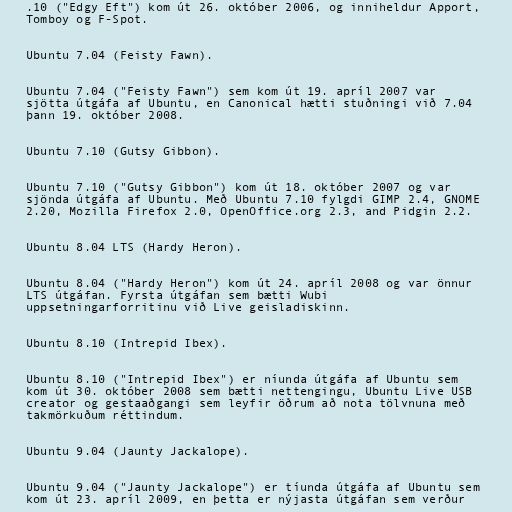
.10 ("Edgy Eft") kom út 26. október 2006, og inniheldur Apport,
Tomboy og F-Spot.

Ubuntu 7.04 (Feisty Fawn).

Ubuntu 7.04 ("Feisty Fawn") sem kom út 19. apríl 2007 var
sjötta útgáfa af Ubuntu, en Canonical hætti stuðningi við 7.04
þann 19. október 2008.

Ubuntu 7.10 (Gutsy Gibbon).

Ubuntu 7.10 ("Gutsy Gibbon") kom út 18. október 2007 og var
sjönda útgáfa af Ubuntu. Með Ubuntu 7.10 fylgdi GIMP 2.4, GNOME
2.20, Mozilla Firefox 2.0, OpenOffice.org 2.3, and Pidgin 2.2.

Ubuntu 8.04 LTS (Hardy Heron).

Ubuntu 8.04 ("Hardy Heron") kom út 24. apríl 2008 og var önnur
LTS útgáfan. Fyrsta útgáfan sem bætti Wubi
uppsetningarforritinu við Live geisladiskinn.

Ubuntu 8.10 (Intrepid Ibex).

Ubuntu 8.10 ("Intrepid Ibex") er níunda útgáfa af Ubuntu sem
kom út 30. október 2008 sem bætti nettengingu, Ubuntu Live USB
creator og gestaaðgangi sem leyfir öðrum að nota tölvnuna með
takmörkuðum réttindum.

Ubuntu 9.04 (Jaunty Jackalope).

Ubuntu 9.04 ("Jaunty Jackalope") er tíunda útgáfa af Ubuntu sem
kom út 23. apríl 2009, en þetta er nýjasta útgáfan sem verður